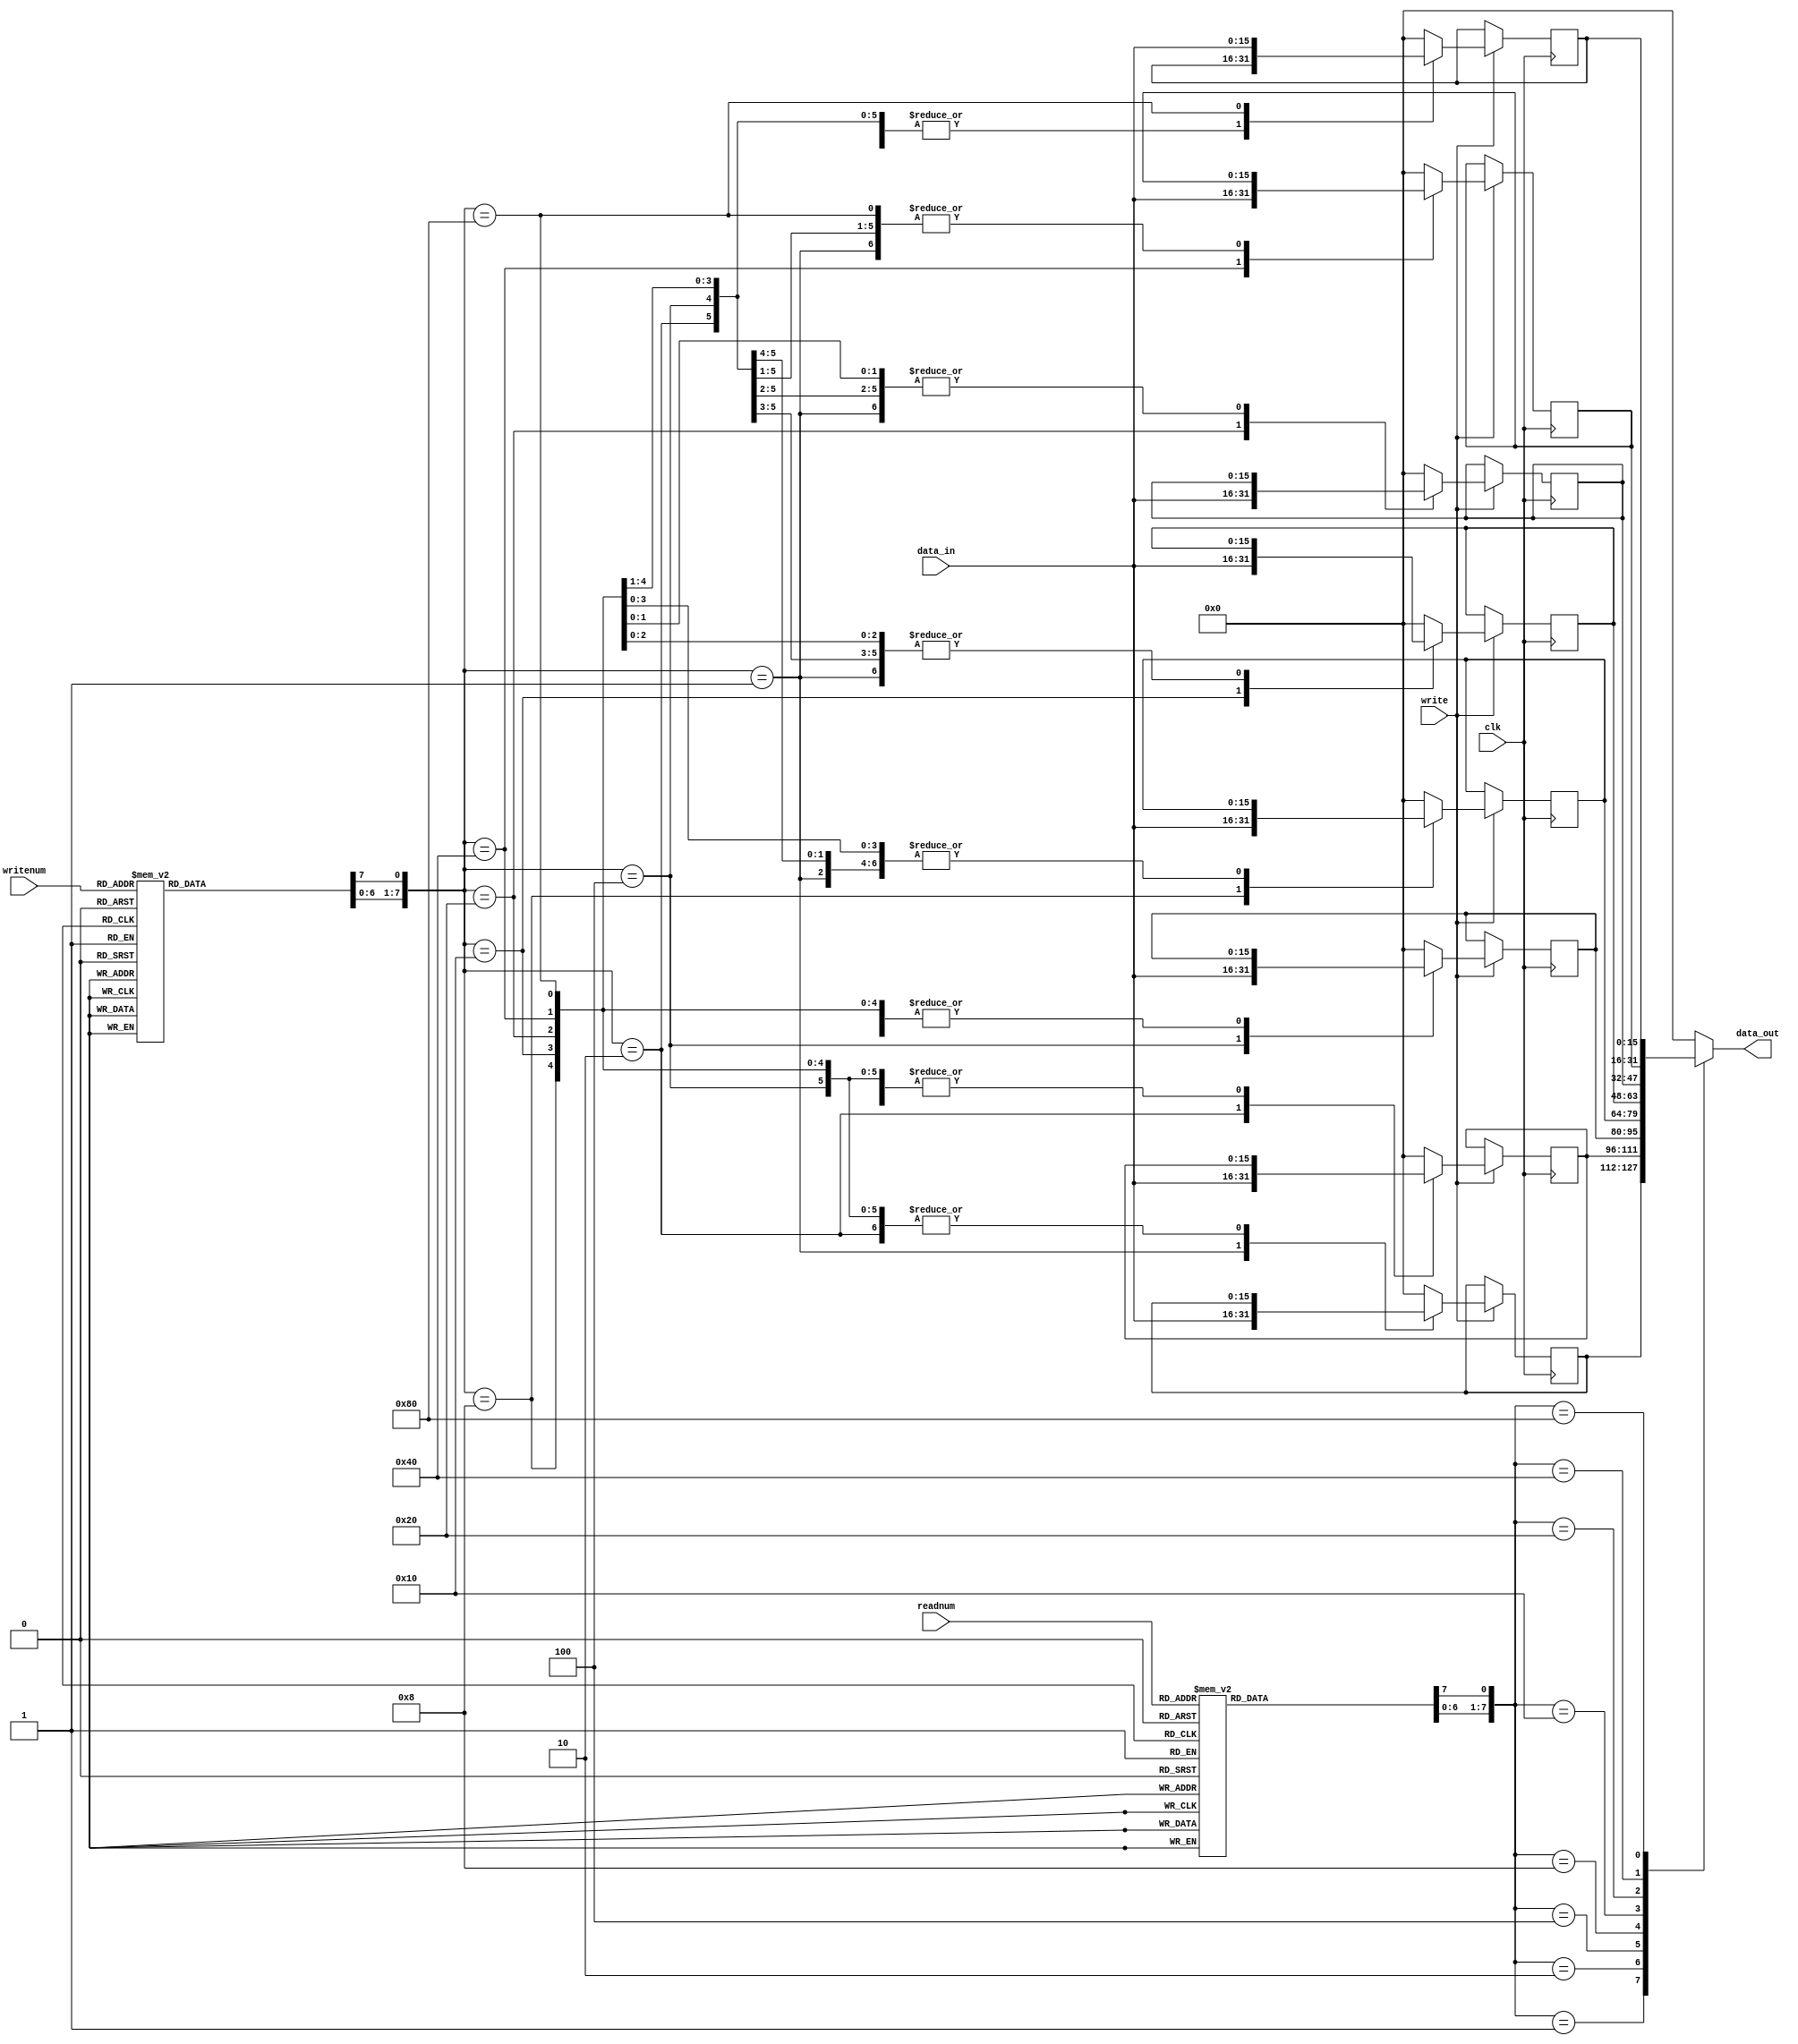
module regfile(data_in, writenum, write, readnum, clk, data_out);
	input [15:0] data_in;
	input [2:0] writenum, readnum;
	input write, clk;
	output reg [15:0] data_out;
	
	reg [7:0] writenum_out, readnum_out;
	reg [15:0] R0, R1, R2, R3, R4, R5, R6, R7;
	
	
	//writenum decoder
	always@(*) begin
		writenum_out = 8'b0;
		case(writenum)
			3'b000: writenum_out[0] = 1'b1;
			3'b001: writenum_out[1] = 1'b1;
			3'b010: writenum_out[2] = 1'b1;
			3'b011: writenum_out[3] = 1'b1;
			3'b100: writenum_out[4] = 1'b1;
			3'b101: writenum_out[5] = 1'b1;
			3'b110: writenum_out[6] = 1'b1;
			3'b111: writenum_out[7] = 1'b1;
			default: writenum_out = 8'b0;
		endcase
	end
	
	//load register
	always@(posedge clk) begin
		if(write) begin
			case(writenum_out)
				8'b00000001: R0 = data_in;
				8'b00000010: R1 = data_in;
				8'b00000100: R2 = data_in;
				8'b00001000: R3 = data_in;
				8'b00010000: R4 = data_in;
				8'b00100000: R5 = data_in;
				8'b01000000: R6 = data_in;
				8'b10000000: R7 = data_in;
				default: {R0, R1, R2, R3, R4, R5, R6, R7} = {8'b0, 8'b0, 8'b0, 8'b0, 8'b0, 8'b0, 8'b0, 8'b0};
			endcase
		end
	end
	
	//readnum decoder
	always@(*) begin
		readnum_out = 8'b0;
		case(readnum)
			3'b000: readnum_out[0] = 1'b1;
			3'b001: readnum_out[1] = 1'b1;
			3'b010: readnum_out[2] = 1'b1;
			3'b011: readnum_out[3] = 1'b1;
			3'b100: readnum_out[4] = 1'b1;
			3'b101: readnum_out[5] = 1'b1;
			3'b110: readnum_out[6] = 1'b1;
			3'b111: readnum_out[7] = 1'b1;
			default: readnum_out = 8'b0;
		endcase
	end
	
	//data_out selector
	always@(*) begin
		case(readnum_out)
			8'b00000001: data_out = R0;
			8'b00000010: data_out = R1;
			8'b00000100: data_out = R2;
			8'b00001000: data_out = R3;
			8'b00010000: data_out = R4;
			8'b00100000: data_out = R5;
			8'b01000000: data_out = R6;
			8'b10000000: data_out = R7;
			default: data_out = 16'b0;
		endcase
	end
	
endmodule